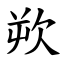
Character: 欮